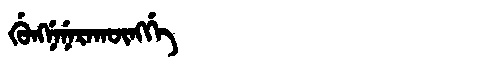
Manchu: ᡤᡠᠩᠨᡝᠨᡝᡵᠠᡴᡡᠩᡤᡝ
Romanization: GUNGNENERAKŪNGGE